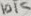
Text: 10K